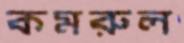
কমরুল